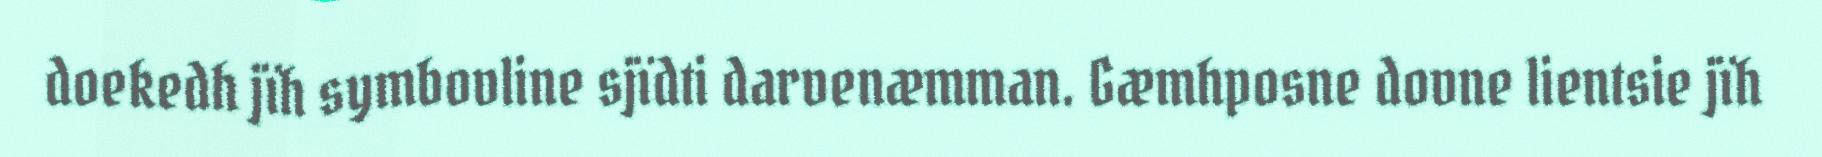
doekedh jïh symbovline sjïdti darvenæmman. Gæmhposne dovne lientsie jïh